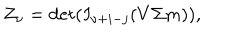
LaTeX: Z _ { \nu } = \det ( I _ { \nu + i - j } ( V \Sigma m ) ) ,